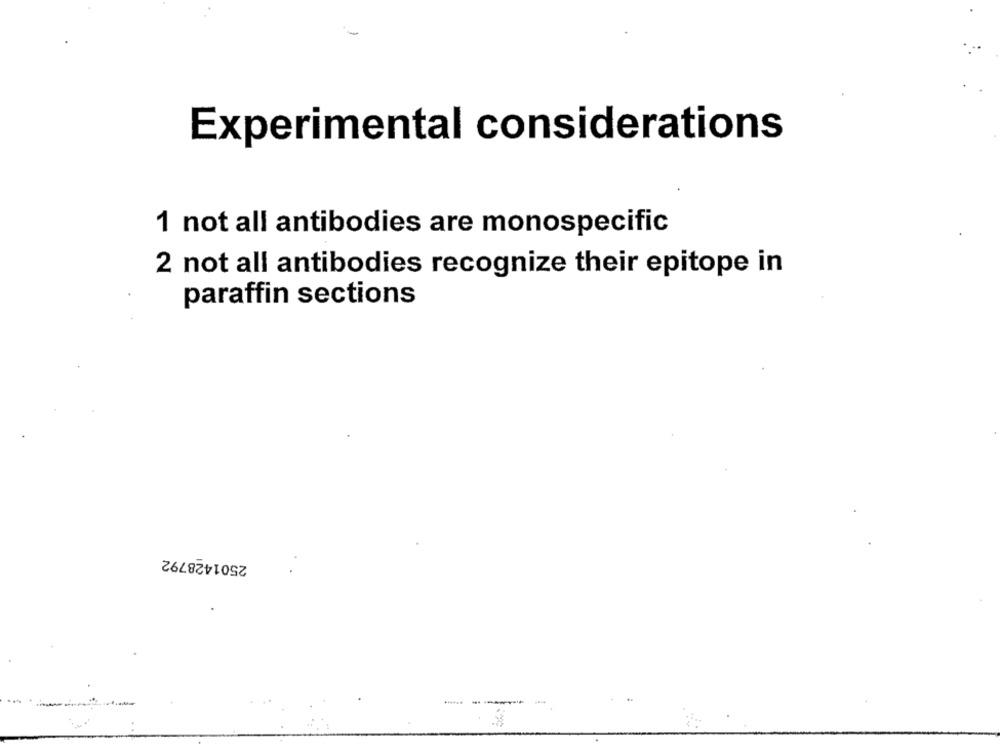
Experimental considerations
1 not all antibodies are monospecific
2 not all antibodies recognize their epitope in
paraffin sections
2501428792
-----